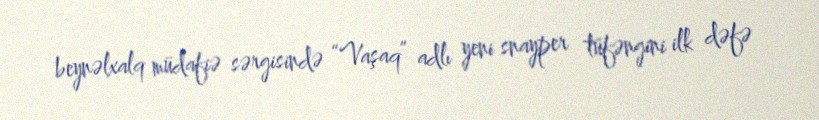
beynəlxalq müdafiə sərgisində “Vaşaq” adlı yeni snayper tüfəngini ilk dəfə